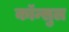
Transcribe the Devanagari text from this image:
कॉन्सुल